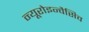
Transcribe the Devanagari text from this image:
न्यूरोइन्वैसिव